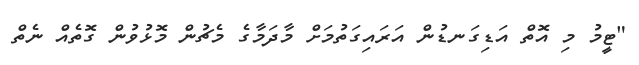
"ޓީމު މި އޮތް އަޑިގަނޑުން އަރައިގަތުމަށް މާދަމާގެ މެޗުން މޮޅުވުން ގޮތެއް ނެތް